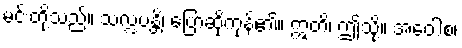
မင်းတို့သည်။ သလ္လပန္တိ၊ ပြောဆိုကုန်၏။ ဣတိ၊ ဤသို့။ အဝေါစ၊